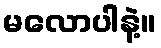
မလောပါနဲ့။